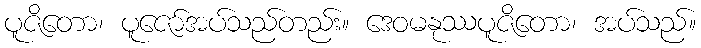
ပူဇိတော၊ ပူဇော်အပ်သည်တည်း။ ဒေဝမနုဿပူဇိတော၊ အပ်သည်။